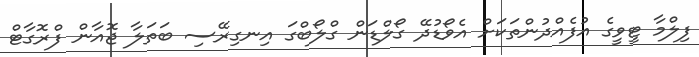
ފިލްމާ ޓީވީގެ އުފެއްދުންތަކަށް އެވޯޑުދޭ ގޯލްޑަން ގްލޯބްގަ އިނގިރޭސި ބަތަލާ ޖޮއާން ފްރޮގާޓް